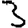
Digit: 3